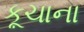
કૂચાના